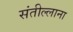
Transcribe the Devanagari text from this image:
संतील्लाना